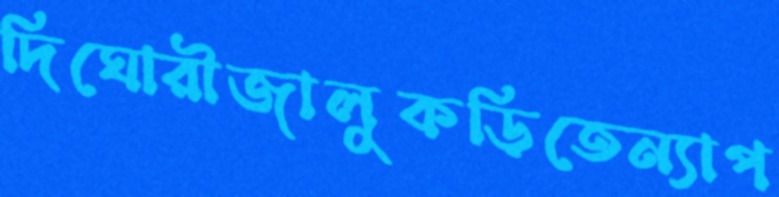
দিঘোরীজালুকড়িতেন্যাপ